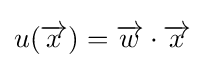
u({\overrightarrow {x}})={\overrightarrow {w}}\cdot {\overrightarrow {x}}